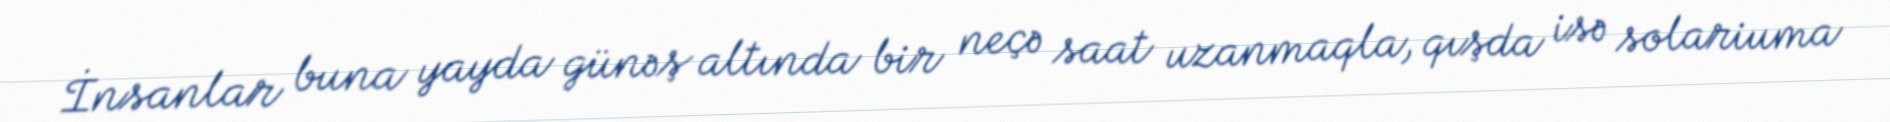
İnsanlar buna yayda günəş altında bir neçə saat uzanmaqla, qışda isə solariuma